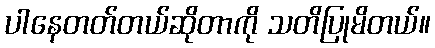
ပါနေတတ်တယ်ဆိုတာကို သတိပြုမိတယ်။